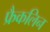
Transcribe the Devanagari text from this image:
फ्रैकलिन